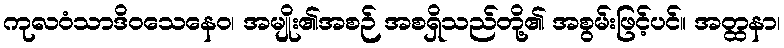
ကုလဝံသာဒိဝသေနေဝ၊ အမျိုး၏အစဉ် အစရှိသည်တို့၏ အစွမ်းဖြင့်ပင်။ အတ္ထနာ၊